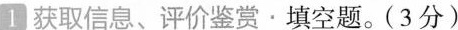
1 获取信息、评价鉴赏﹒填空题。(3分)